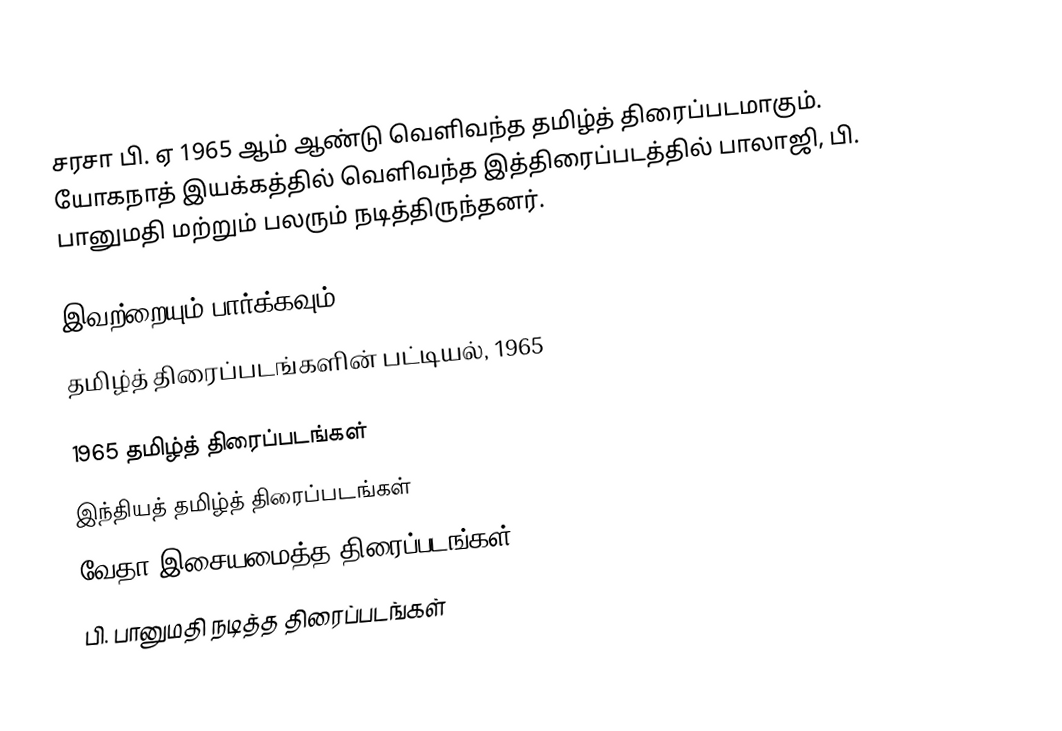
சரசா பி. ஏ 1965 ஆம் ஆண்டு வெளிவந்த தமிழ்த் திரைப்படமாகும். யோகநாத் இயக்கத்தில் வெளிவந்த இத்திரைப்படத்தில் பாலாஜி, பி. பானுமதி மற்றும் பலரும் நடித்திருந்தனர்.

இவற்றையும் பார்க்கவும்
 தமிழ்த் திரைப்படங்களின் பட்டியல், 1965

1965 தமிழ்த் திரைப்படங்கள்
இந்தியத் தமிழ்த் திரைப்படங்கள்
வேதா இசையமைத்த திரைப்படங்கள்
பி. பானுமதி நடித்த திரைப்படங்கள்